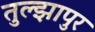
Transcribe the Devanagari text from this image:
तुल्झापुर